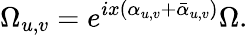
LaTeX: \Omega_{u,v}=e^{ix(\alpha_{u,v}+\bar{\alpha}_{u,v})}\Omega.